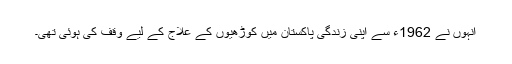
انہوں نے 1962ء سے اپنی زندگی پاکستان میں کوڑھیوں کے علاج کے لیے وقف کی ہوئی تھی۔